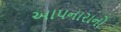
આપનારાનો